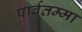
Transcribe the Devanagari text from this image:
पार्वतम्मा